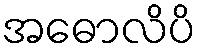
အဓောလိပိ